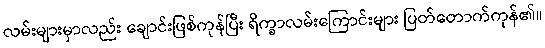
လမ်းများမှာလည်း ချောင်းဖြစ်ကုန်ပြီး ရိက္ခာလမ်းကြောင်းများ ပြတ်တောက်ကုန်၏။